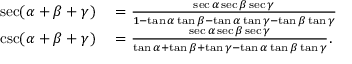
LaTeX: \begin{array} { r l } { \sec ( \alpha + \beta + \gamma ) } & { { } = { \frac { \sec \alpha \sec \beta \sec \gamma } { 1 - \tan \alpha \tan \beta - \tan \alpha \tan \gamma - \tan \beta \tan \gamma } } } \\ { \csc ( \alpha + \beta + \gamma ) } & { { } = { \frac { \sec \alpha \sec \beta \sec \gamma } { \tan \alpha + \tan \beta + \tan \gamma - \tan \alpha \tan \beta \tan \gamma } } . } \end{array}